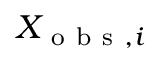
X _ { \mathrm { ~ o ~ b ~ s ~ } , i }